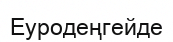
Еуродеңгейде